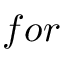
f o r